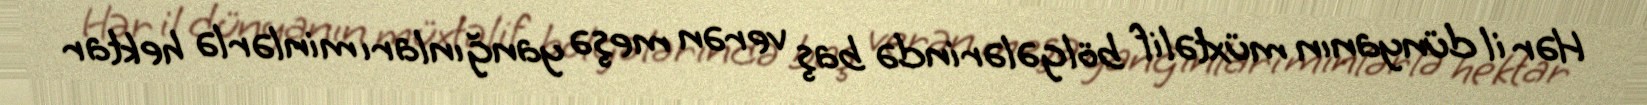
Hər il dünyanın müxtəlif bölgələrində baş verən meşə yanğınları minlərlə hektar